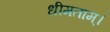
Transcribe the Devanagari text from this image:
धीमताम्।